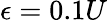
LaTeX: \epsilon=0.1U